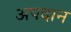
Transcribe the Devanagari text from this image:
अपदान